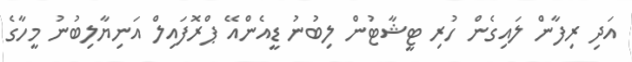
އަދި ރިފާން ލައިގެން ހުރި ޓީޝާޓުން ލިބުނު ޑީއެންއޭ ޕްރޮފައިލް އަނިޔާލިބުނު މީހާގެ